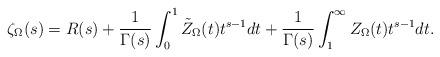
LaTeX: \begin{align*} \zeta_{\Omega} (s)= R(s)+{1\over \Gamma(s)} \int_{0}^{1} \tilde Z_{\Omega}(t) t^{s-1}dt + {1\over \Gamma(s)} \int_{1}^{\infty} Z_{\Omega}(t) t^{s-1}dt.\end{align*}